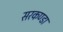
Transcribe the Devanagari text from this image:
सरकण्डा